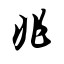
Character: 兆